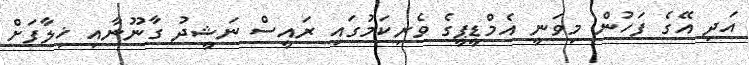
އަދި އޭގެ ފަހުން މިވަނީ އެމްޑީޕީގެ ވެރިކަމުގައި ރައީސް ނަޝީދު ގާނޫނާއި ޚިލާފަށް